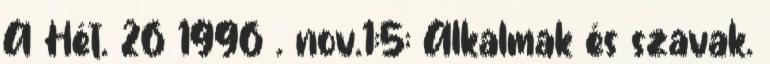
A Hét. 26 1996 . nov.1:5; Alkalmak és szavak.